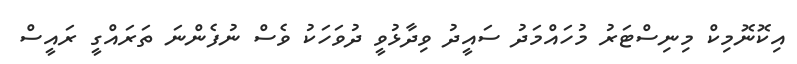
އިކޮނޮމިކް މިނިސްޓަރު މުހައްމަދު ސައީދު ވިދާޅުވީ ދުވަހަކު ވެސް ނުފެންނަ ތަރައްގީ ރައީސް